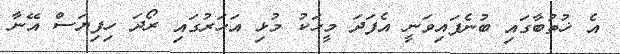
އެ ޚުތުބާގައި ބުނެފައިވަނީ އެފަދަ މީހަކު މުޅި އަހަރުގައި ރޯދަ ހިފިޔަސް އޭނާ